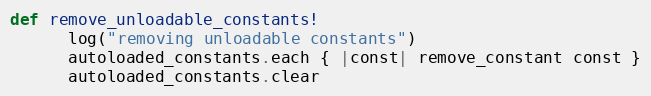
Language: Ruby
def remove_unloadable_constants!
      log("removing unloadable constants")
      autoloaded_constants.each { |const| remove_constant const }
      autoloaded_constants.clear